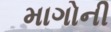
માગોની